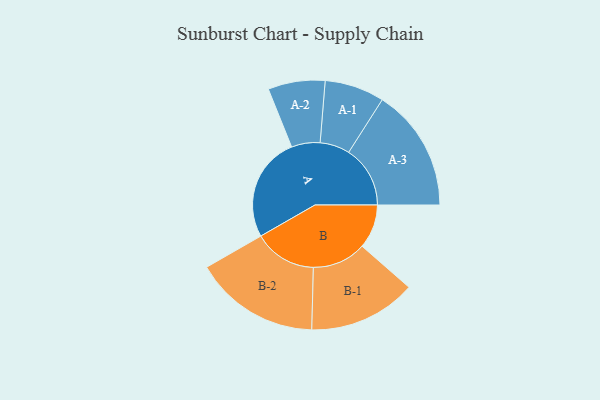
{"axis": {"x": "Segment", "y": "Value"}, "legend": ["", "A", "B"], "data": [{"x": "A", "y": 397, "type": ""}, {"x": "B", "y": 167, "type": ""}, {"x": "A-1", "y": 113, "type": "A"}, {"x": "A-2", "y": 108, "type": "A"}, {"x": "A-3", "y": 233, "type": "A"}, {"x": "B-1", "y": 204, "type": "B"}, {"x": "B-2", "y": 238, "type": "B"}]}